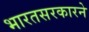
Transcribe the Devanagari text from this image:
भारतसरकारने